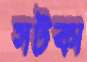
সটকা